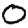
Digit: 0